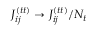
J _ { i j } ^ { ( t t ) } \rightarrow J _ { i j } ^ { ( t t ) } / N _ { t }